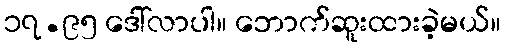
၁၇.၉၅ ဒေါ်လာပါ။ ဘောက်ဆူးထားခဲ့မယ်။